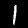
Digit: 1